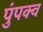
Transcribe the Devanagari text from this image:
पुंपक्व